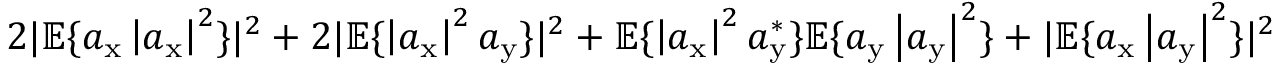
2 | \mathbb { E } \{ a _ { \mathrm { x } } \left| a _ { \mathrm { x } } \right| ^ { 2 } \} | ^ { 2 } + 2 | \mathbb { E } \{ \left| a _ { \mathrm { x } } \right| ^ { 2 } a _ { \mathrm { y } } \} | ^ { 2 } + \mathbb { E } \{ \left| a _ { \mathrm { x } } \right| ^ { 2 } a _ { \mathrm { y } } ^ { * } \} \mathbb { E } \{ a _ { \mathrm { y } } \left| a _ { \mathrm { y } } \right| ^ { 2 } \} + | \mathbb { E } \{ a _ { \mathrm { x } } \left| a _ { \mathrm { y } } \right| ^ { 2 } \} | ^ { 2 }